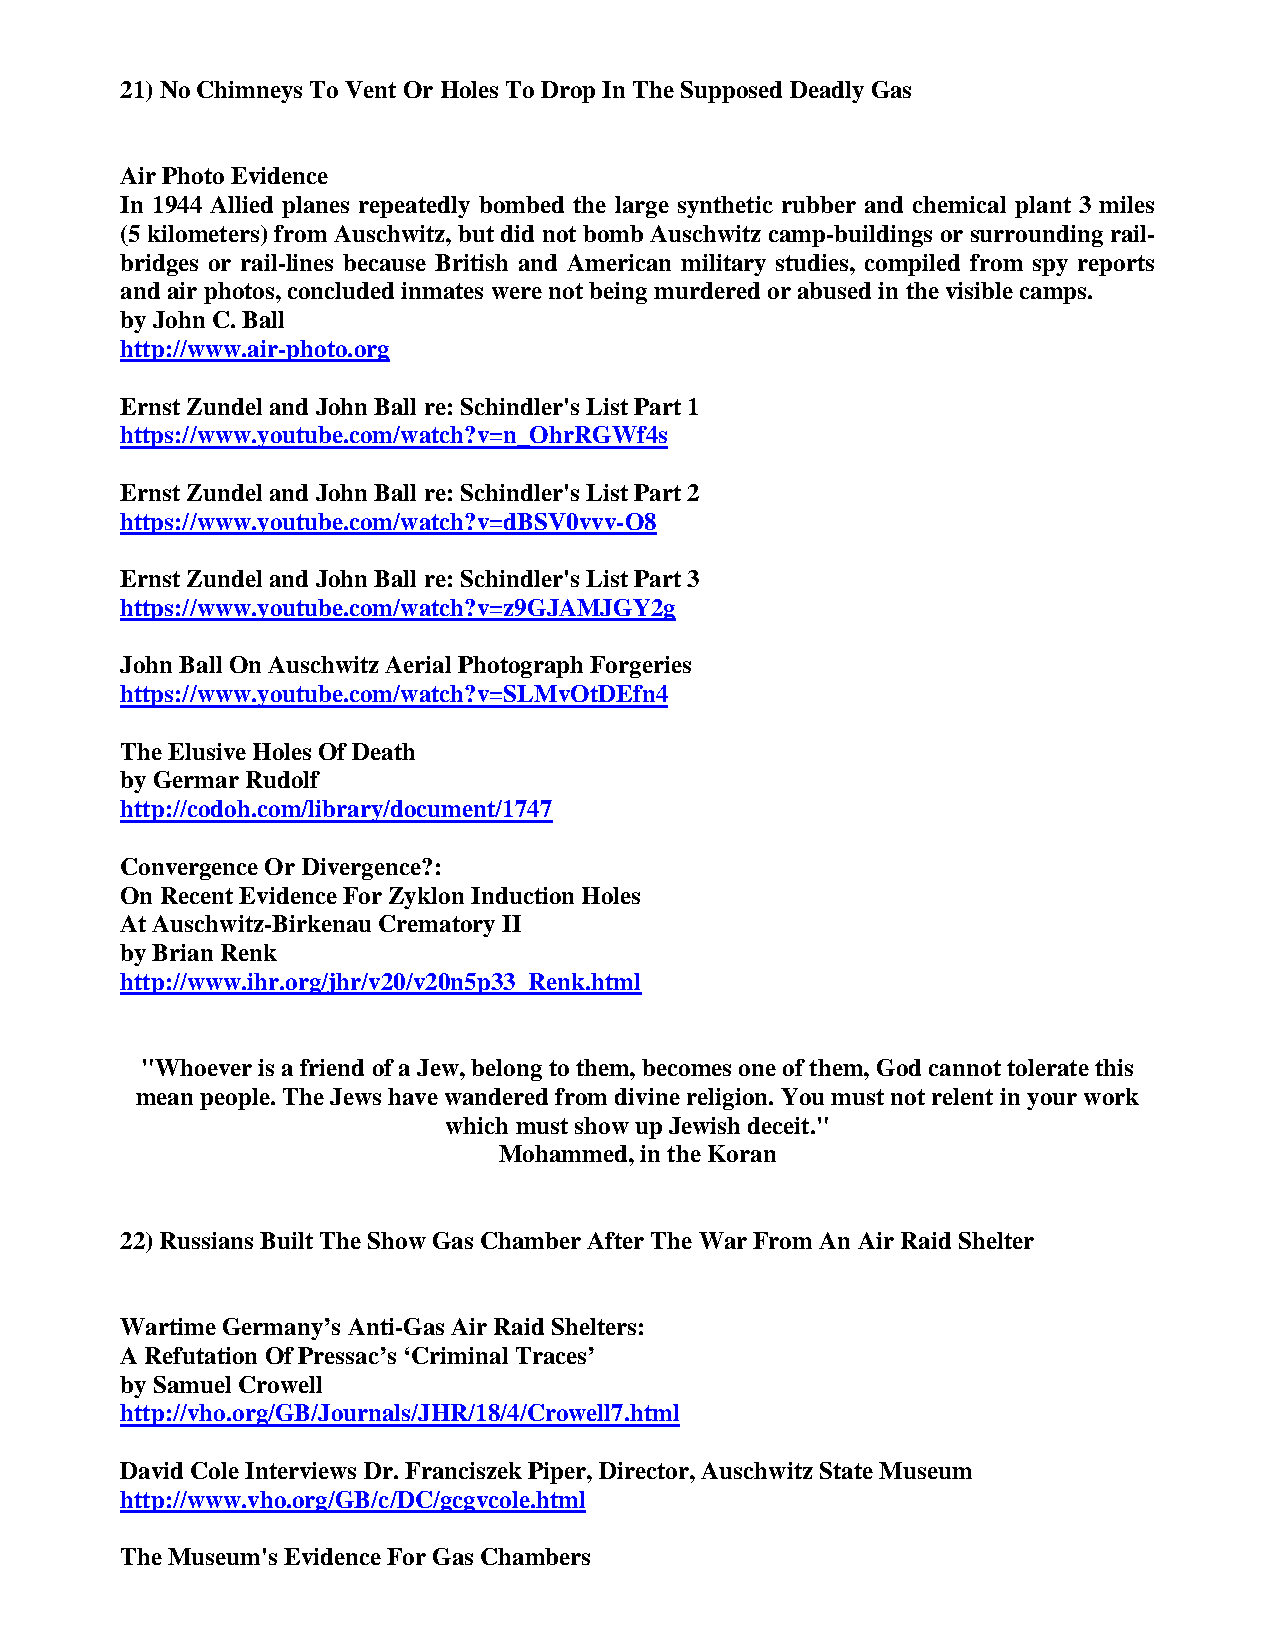
21) No Chimneys To Vent Or Holes To Drop In The Supposed Deadly Gas
 Air Photo Evidence
 In 1944 Allied planes repeatedly bombed the large synthetic rubber and chemical plant 3 miles
 (5 kilometers) from Auschwitz, but did not bomb Auschwitz camp-buildings or surrounding rail-
 bridges or rail-lines because British and American military studies, compiled from spy reports
 and air photos, concluded inmates were not being murdered or abused in the visible camps.
 by John C. Ball
 http://www.air-photo.org
 Ernst Zundel and John Ball re: Schindler's List Part 1
 https://www.youtube.com/watch?v=n_OhrRGWf4s
 Ernst Zundel and John Ball re: Schindler's List Part 2
 https://www.youtube.com/watch?v=dBSV0vvv-O8
 Ernst Zundel and John Ball re: Schindler's List Part 3
 https://www.youtube.com/watch?v=z9GJAMJGY2g
 John Ball On Auschwitz Aerial Photograph Forgeries
 https://www.youtube.com/watch?v=SLMvOtDEfn4
 The Elusive Holes Of Death
 by Germar Rudolf
 http://codoh.com/library/document/1747
 Convergence Or Divergence?:
 On Recent Evidence For Zyklon Induction Holes
 At Auschwitz-Birkenau Crematory II
 by Brian Renk
 http://www.ihr.org/jhr/v20/v20n5p33_Renk.html
 "Whoever is a friend of a Jew, belong to them, becomes one of them, God cannot tolerate this
 mean people. The Jews have wandered from divine religion. You must not relent in your work
 which must show up Jewish deceit."
 Mohammed, in the Koran
 22) Russians Built The Show Gas Chamber After The War From An Air Raid Shelter
 Wartime Germany’s Anti-Gas Air Raid Shelters:
 A Refutation Of Pressac’s ‘Criminal Traces’
 by Samuel Crowell
 http://vho.org/GB/Journals/JHR/18/4/Crowell7.html
 David Cole Interviews Dr. Franciszek Piper, Director, Auschwitz State Museum
 http://www.vho.org/GB/c/DC/gcgvcole.html
 The Museum's Evidence For Gas Chambers